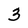
Character: 3